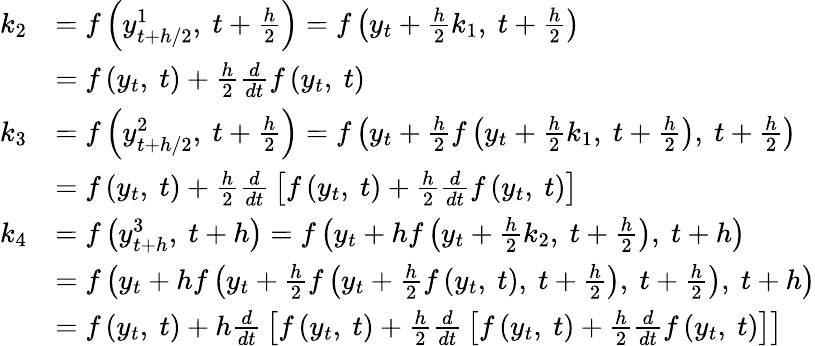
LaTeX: {\begin{array}{rl}{k_{2}}&{=f\left(y_{t+h/2}^{1},\ t+{\frac{h}{2}}\right)=f\left(y_{t}+{\frac{h}{2}}k_{1},\ t+{\frac{h}{2}}\right)}\\ &{=f\left(y_{t},\ t\right)+{\frac{h}{2}}{\frac{d}{dt}}f\left(y_{t},\ t\right)}\\ {k_{3}}&{=f\left(y_{t+h/2}^{2},\ t+{\frac{h}{2}}\right)=f\left(y_{t}+{\frac{h}{2}}f\left(y_{t}+{\frac{h}{2}}k_{1},\ t+{\frac{h}{2}}\right),\ t+{\frac{h}{2}}\right)}\\ &{=f\left(y_{t},\ t\right)+{\frac{h}{2}}{\frac{d}{dt}}\left[f\left(y_{t},\ t\right)+{\frac{h}{2}}{\frac{d}{dt}}f\left(y_{t},\ t\right)\right]}\\ {k_{4}}&{=f\left(y_{t+h}^{3},\ t+h\right)=f\left(y_{t}+hf\left(y_{t}+{\frac{h}{2}}k_{2},\ t+{\frac{h}{2}}\right),\ t+h\right)}\\ &{=f\left(y_{t}+hf\left(y_{t}+{\frac{h}{2}}f\left(y_{t}+{\frac{h}{2}}f\left(y_{t},\ t\right),\ t+{\frac{h}{2}}\right),\ t+{\frac{h}{2}}\right),\ t+h\right)}\\ &{=f\left(y_{t},\ t\right)+h{\frac{d}{dt}}\left[f\left(y_{t},\ t\right)+{\frac{h}{2}}{\frac{d}{dt}}\left[f\left(y_{t},\ t\right)+{\frac{h}{2}}{\frac{d}{dt}}f\left(y_{t},\ t\right)\right]\right]}\end{array}}